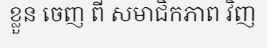
ខ្លួន ចេញ ពី សមាជិកភាព វិញ